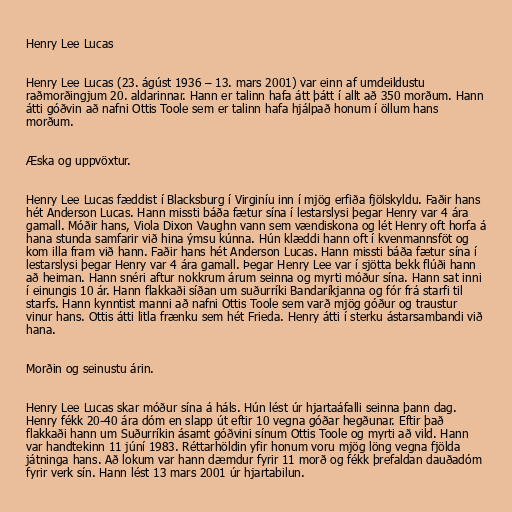
Henry Lee Lucas

Henry Lee Lucas (23. ágúst 1936 – 13. mars 2001) var einn af umdeildustu
raðmorðingjum 20. aldarinnar. Hann er talinn hafa átt þátt í allt að 350 morðum. Hann
átti góðvin að nafni Ottis Toole sem er talinn hafa hjálpað honum í öllum hans
morðum.

Æska og uppvöxtur.

Henry Lee Lucas fæddist í Blacksburg í Virginíu inn í mjög erfiða fjölskyldu. Faðir hans
hét Anderson Lucas. Hann missti báða fætur sína í lestarslysi þegar Henry var 4 ára
gamall. Móðir hans, Viola Dixon Vaughn vann sem vændiskona og lét Henry oft horfa á
hana stunda samfarir við hina ýmsu kúnna. Hún klæddi hann oft í kvenmannsföt og
kom illa fram við hann. Faðir hans hét Anderson Lucas. Hann missti báða fætur sína í
lestarslysi þegar Henry var 4 ára gamall. Þegar Henry Lee var í sjötta bekk flúði hann
að heiman. Hann snéri aftur nokkrum árum seinna og myrti móður sína. Hann sat inni
í einungis 10 ár. Hann flakkaði síðan um suðurríki Bandaríkjanna og fór frá starfi til
starfs. Hann kynntist manni að nafni Ottis Toole sem varð mjög góður og traustur
vinur hans. Ottis átti litla frænku sem hét Frieda. Henry átti í sterku ástarsambandi við
hana.

Morðin og seinustu árin.

Henry Lee Lucas skar móður sína á háls. Hún lést úr hjartaáfalli seinna þann dag.
Henry fékk 20-40 ára dóm en slapp út eftir 10 vegna góðar hegðunar. Eftir það
flakkaði hann um Suðurríkin ásamt góðvini sínum Ottis Toole og myrti að vild. Hann
var handtekinn 11 júní 1983. Réttarhöldin yfir honum voru mjög löng vegna fjölda
játninga hans. Að lokum var hann dæmdur fyrir 11 morð og fékk þrefaldan dauðadóm
fyrir verk sín. Hann lést 13 mars 2001 úr hjartabilun.